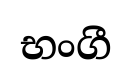
භංගී